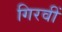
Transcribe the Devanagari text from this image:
गिरवीं